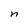
Character: n